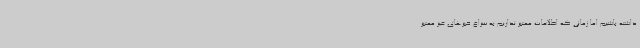
داشته باشیم اما زمانی که اطلاعات معتبر نداریم به سراغ خبرهای غیر معتبر